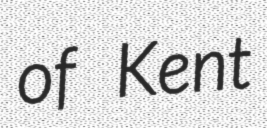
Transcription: of Kent